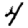
Digit: 4